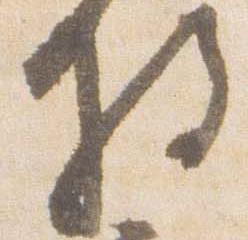
将